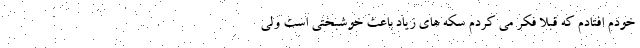
خودم افتادم که قبلاً فکر می کردم سکه های زیاد باعث خوشبختی است ولی